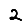
Digit: 2